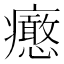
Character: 𤼉